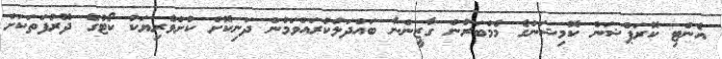
އެންޓި ކޮރަޕްޝަން ކޮމިޝަންގެ މެމްބަރުން ގާޒީންނާ ބައްދަލުކުރައްވަމުން ދަނިކޮށް ކުށްވެރިޔަކު ކޯޓުގެ ދޮރުފަތަކަށް